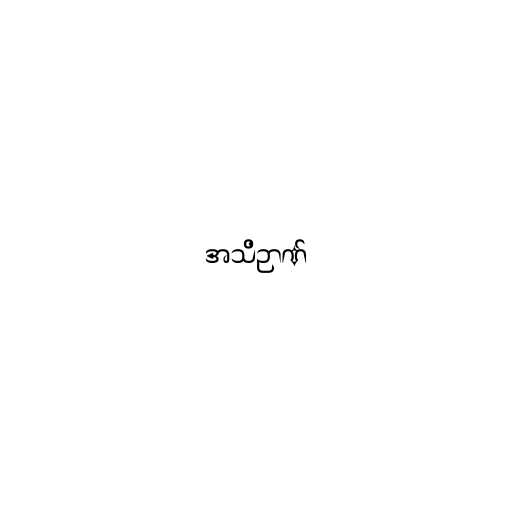
အသိဉာဏ်